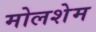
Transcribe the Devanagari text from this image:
मोलशेम